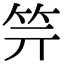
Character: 𥫶